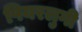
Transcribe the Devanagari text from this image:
पियरलुगी